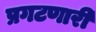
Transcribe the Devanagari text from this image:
प्रगटणारी